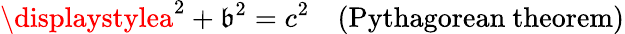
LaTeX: \displaystylea^{2}+\mathfrak{b}^{2}=c^{2}\quad({\mathrm{{Pythagorean~theorem}}})